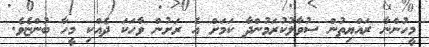
މީހުންނާ ރައްޔިތުން ސުވާލުކުރަމުންދާ ކަމަށް އެ ރަށުން ވާހަކަ ދެއްކި މީހާ ބުންޏެވެ.